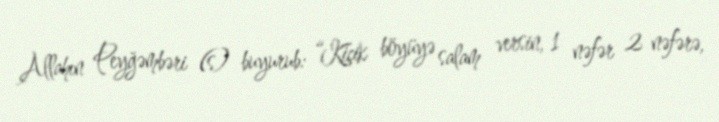
Allahın Peyğəmbəri (s) buyurub: “Kiçik böyüyə salam versin, 1 nəfər 2 nəfərə,